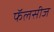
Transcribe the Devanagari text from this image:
फॅलसीज